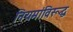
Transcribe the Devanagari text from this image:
नियमांविरूद्ध